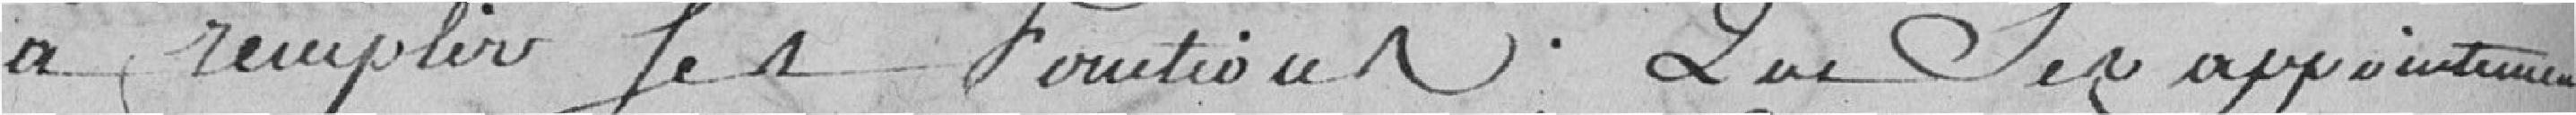
à remplir les fonctions que son appointement